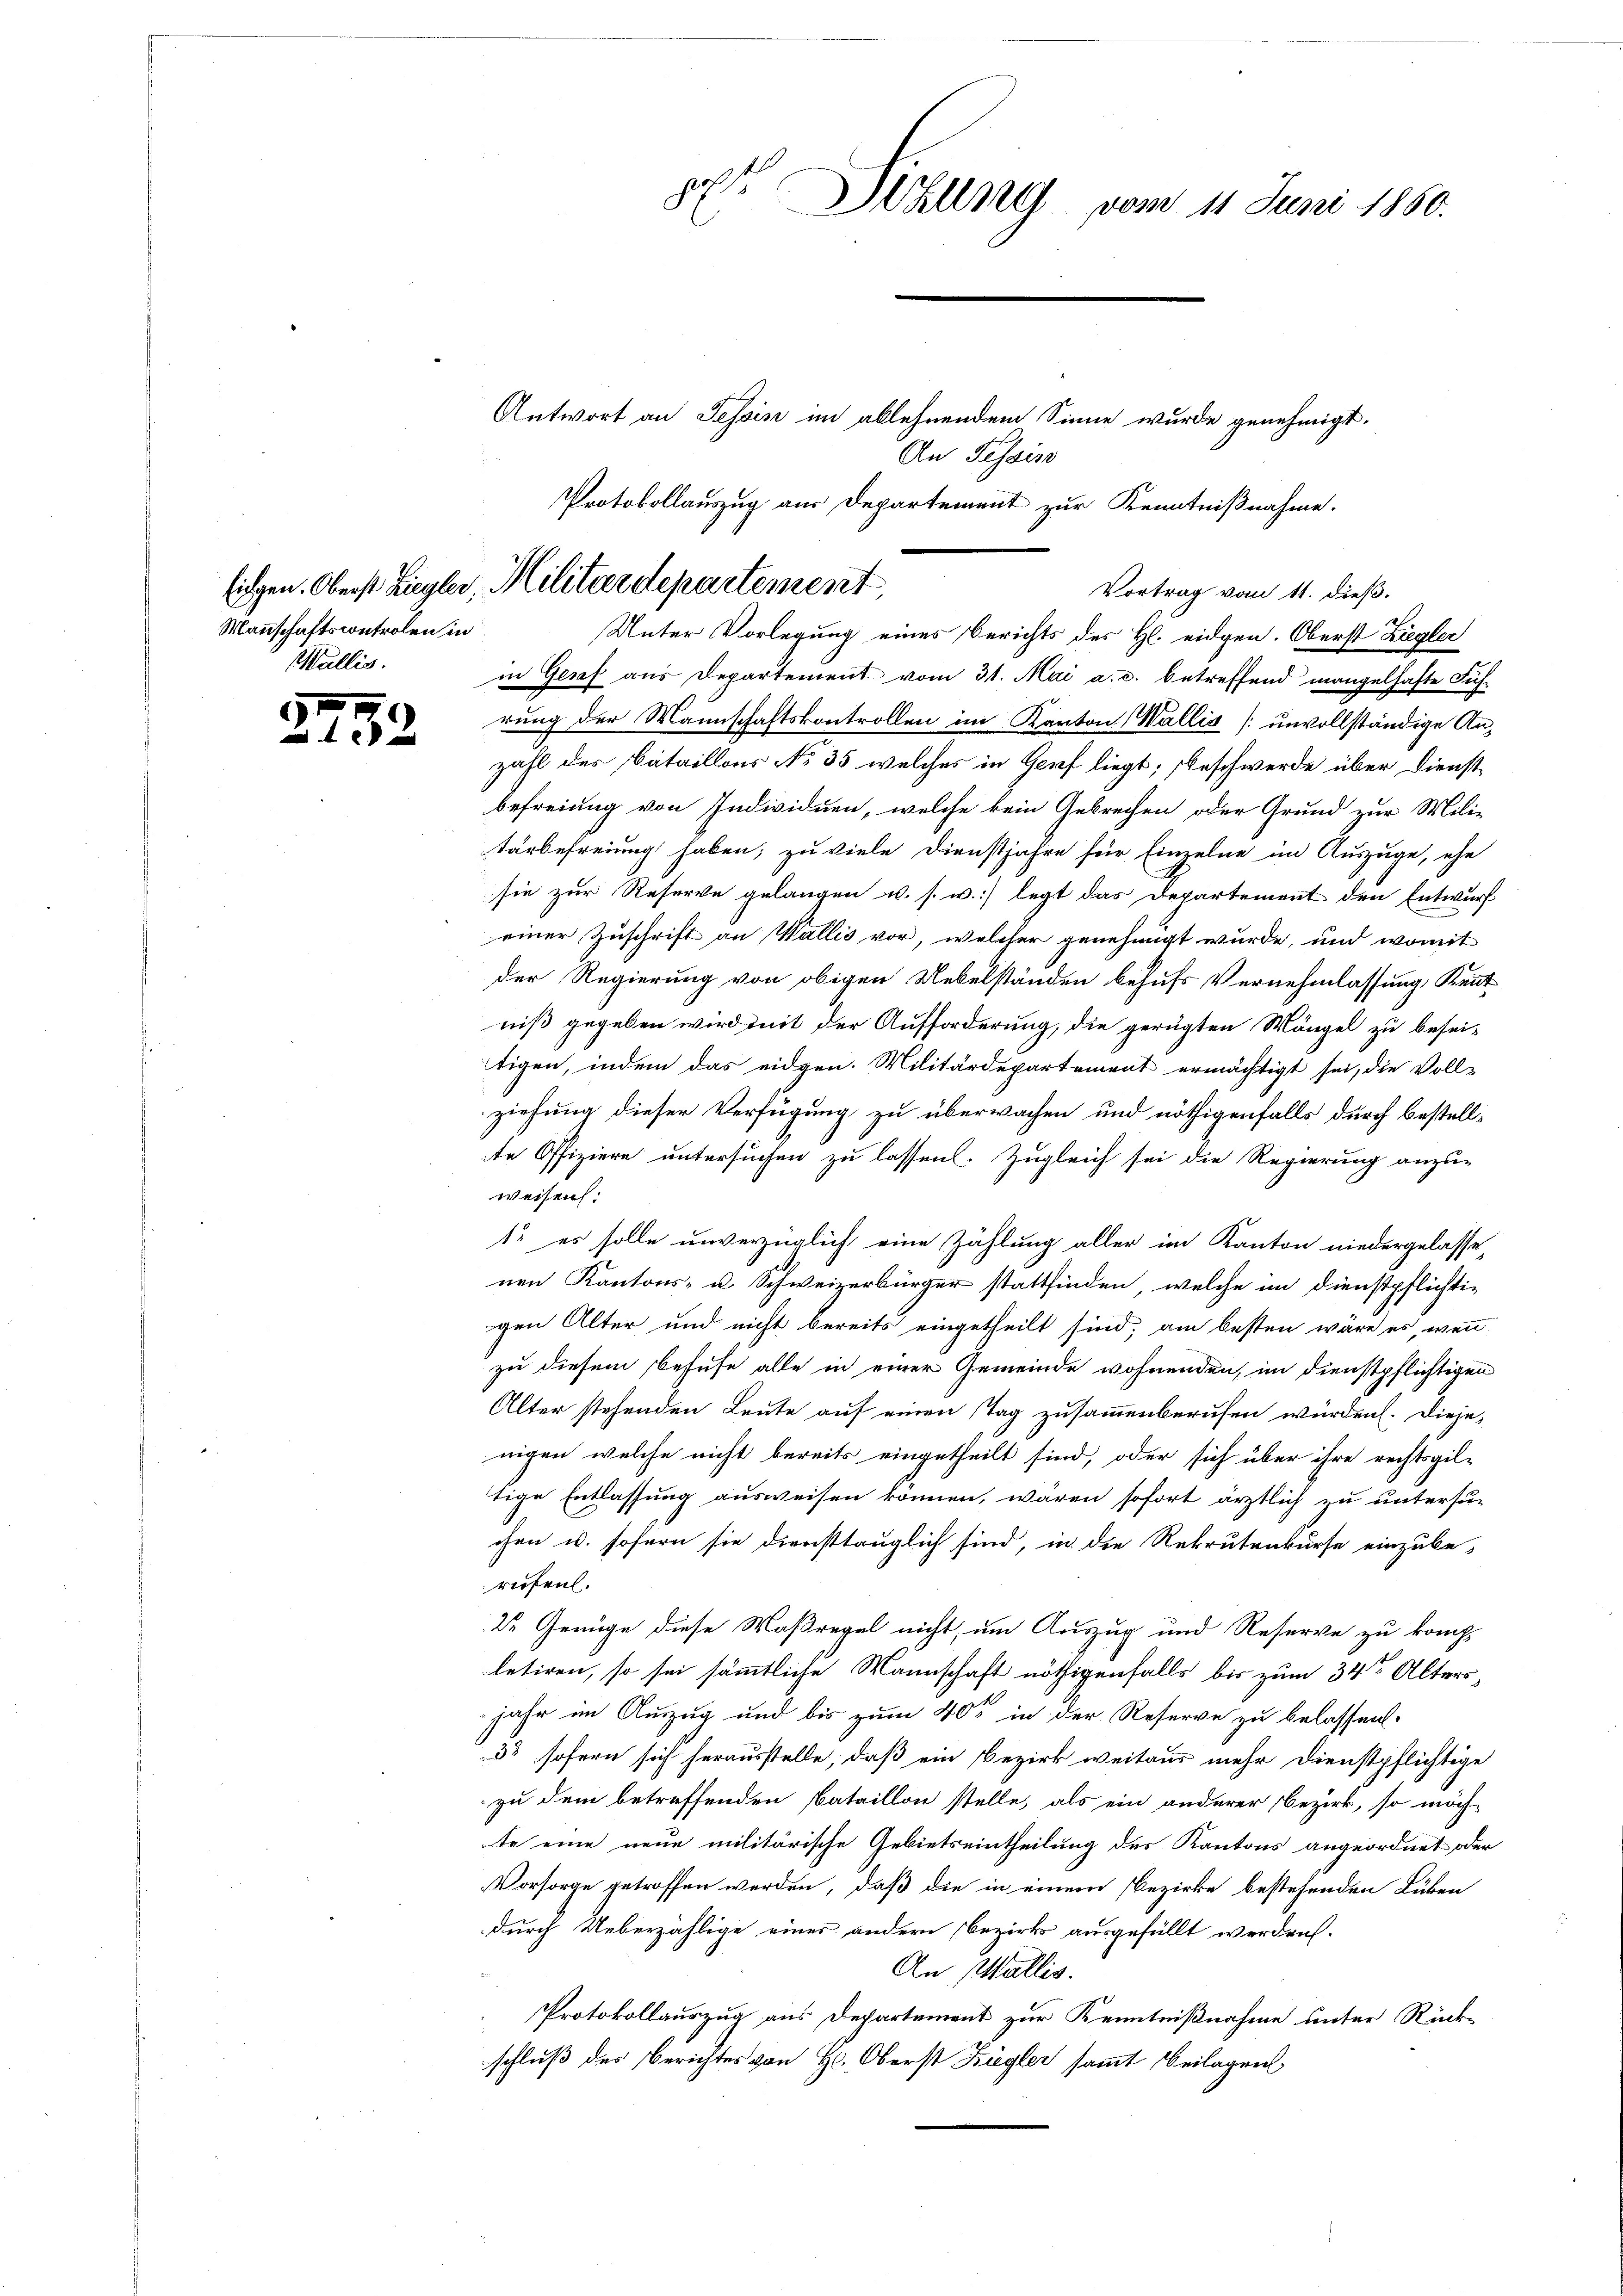
5
10 x

Mannschaftscontrolen in
Wallis.

gt Wallig vom 11. Juni 1860.
Antwort an Tessin im ablehnendem Sinne wurde genehmigt.
An Tessis
Protokollauszug aus Departement zur Kenntnißnahme.

Eidgen. Oberst Ziegler, Militärdepartement
Vortrag vom 11. dieß.
Unter Vorlegung eines Berichts des Hl. eidgen. Oberst Ziegler

in Genf aus Departement vom 31. Mai a.c. betreffend mangelhafte Führung der Mannschaftskontrollen im Kanton Wallis [unvollständige Anzahl des Bataillons No 35 welches in Graf liegt; beschwerde über Dienst
befreiung von Individuen, welche kein Gebrechen oder Grund zur Mili-
tärbefreiung haben, zu viele Dienstjahre für Einzelne im Auszuge, ehe
sie zur Reserve gelangen u. s. w.) legt das Departement den Entwurf
einer Zuschrift an Wallis vor, welcher genehmigt wurde, und womit
der Regierung von obigen Uebelständen behufs Vernehmlassung, Kenntniß gegeben wird mit der Aufforderung, die gerügten Mängel zu beseitigen, indem das eidgen. Militärdepartement ermächtigt sei, die Voll-
ziehung dieser Verfügung zu überwachen und nöthigenfalls durch bestelle Offiziere untersuchen zu lassen. Zugleich sei die Regierung anzu-
weisen.
1. es solle unverzüglich eine Zählung aller im Kanton niedergelasse,
nen Kantons- u. Schweizerbürger stattfinden, welche im Dienstpflichti-
gen Alter und nicht bereits eingetheilt sind, am besten wäre es, wenn
zu diesem Behufe alle in einer Gemeinde wohnenden, im Dienstpflichtigen
Alter stehenden Leute auf einen Tag zusammenberufen würden. Diejenigen, welche nicht bereits eingetheilt sind, oder sich über ihre rechtsgil-
tige Entlassung ausweisen können, wären sofort ärztlich zu untersuchen u. sofern sie diensttauglich sind, in die Rekrutenkurse einzube-
rufen.
2 Genüge diese Maßregel nicht, um Auszug und Reserve zu komletiren, so sei sämmtliche Mannschaft nöthigenfalls bis zum 34sten Alters
jahr im Auszug und bis zum 405 in der Reserve zu belassen.
32 sofern sich herausstelle, daß ein Bezirk weitaus mehr dienstpflichtige
zu dem betreffenden Bataillon stelle, als ein anderer Bezirk, so möch
te eine neue militärische Gebietseintheilung des Kantons angeordnet oder
Vorsorge getroffen werden, daß die in einem Bezirke bestehenden Lüben
durch Ueberzählige eines andern Bezirk ausgefüllt werden.
An Wallis.
Protokollauszug aus Departement zur Kenntnißnahme unter Rückschluß des Berichtes von H. Oberst Ziegler sammt Beilagen